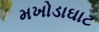
મખોડાઘાટ